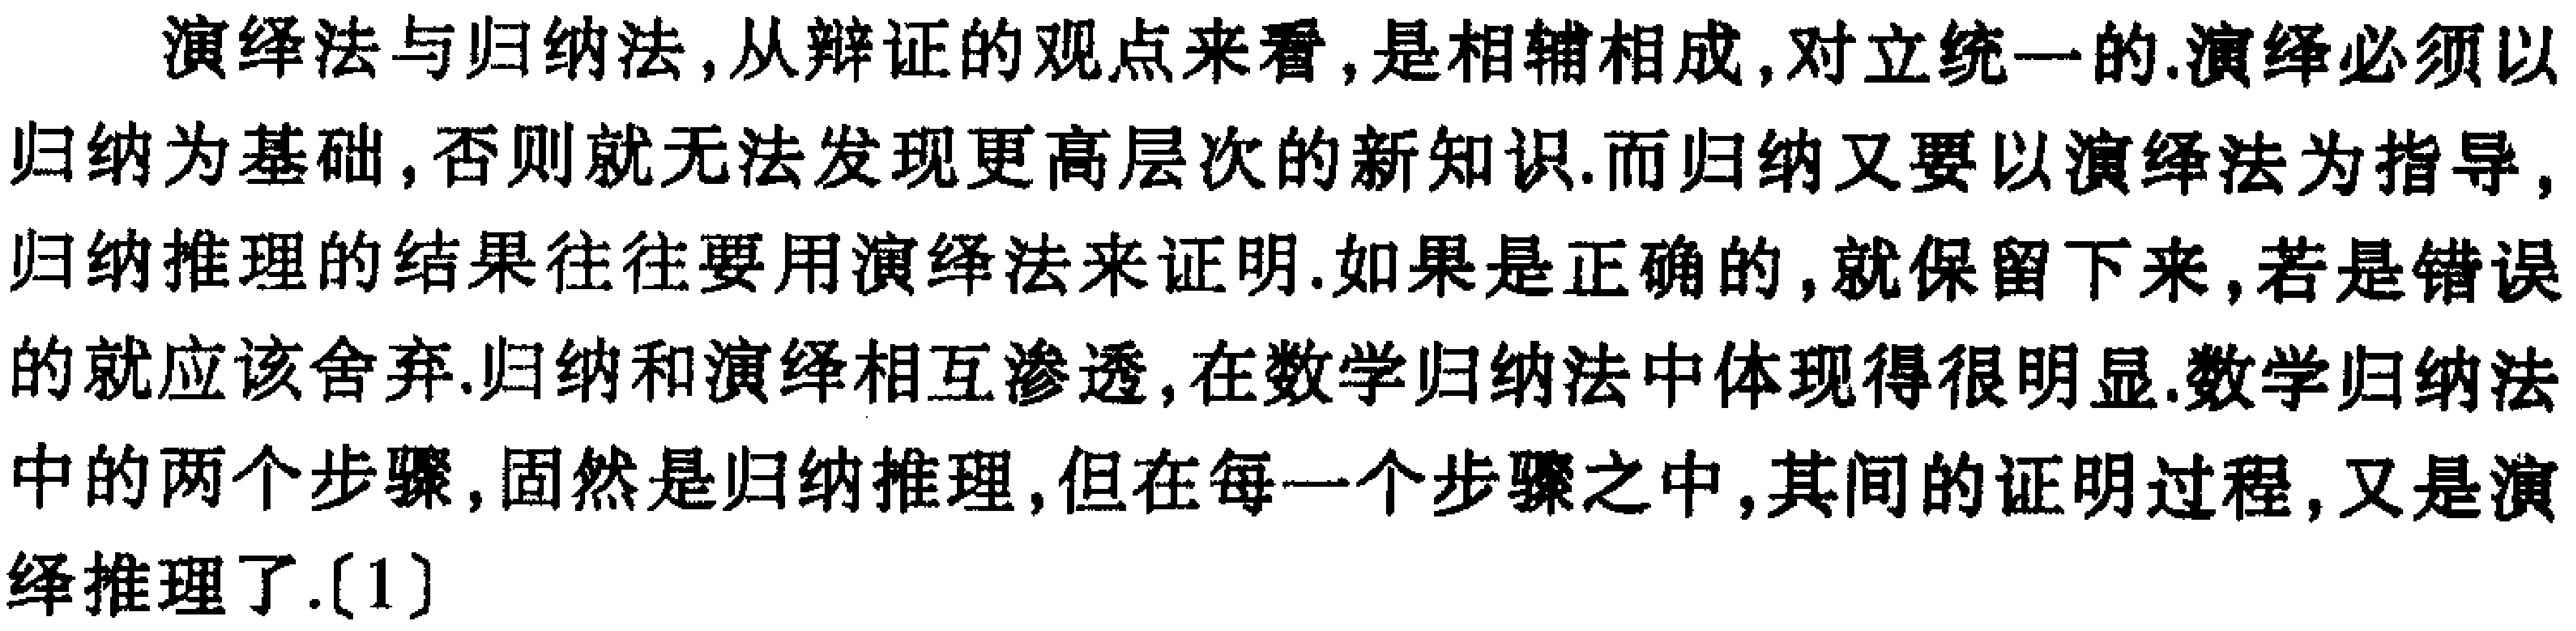
演绎法与归纳法,从辩证的观点来看,是相辅相成,对立统一的.演绎必须以归纳为基础,否则就无法发现更高层次的新知识.而归纳又要以演绎法为指导,归纳推理的结果往往要用演绎法来证明.如果是正确的,就保留下来,若是错误的就应该舍弃.归纳和演绎相互渗透,在数学归纳法中体现得很明显.数学归纳法中的两个步骤,固然是归纳推理,但在每一个步骤之中,其间的证明过程,又是演绎推理了.[1]